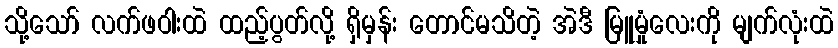
သို့သော် လက်ဖဝါးထဲ ထည့်ပွတ်လို့ ရှိမှန်း တောင်မသိတဲ့ အဲဒီ မြူမှုံလေးကို မျက်လုံးထဲ